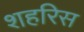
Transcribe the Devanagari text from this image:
शहरिस